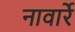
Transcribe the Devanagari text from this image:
नावार्रे